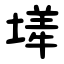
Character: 㙚